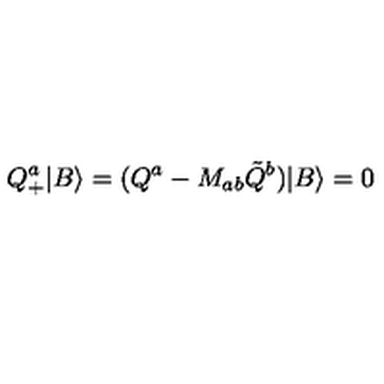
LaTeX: Q _ { + } ^ { a } | B \rangle = ( Q ^ { a } - M _ { a b } \tilde { Q } ^ { b } ) | B \rangle = 0